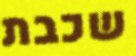
שכבת